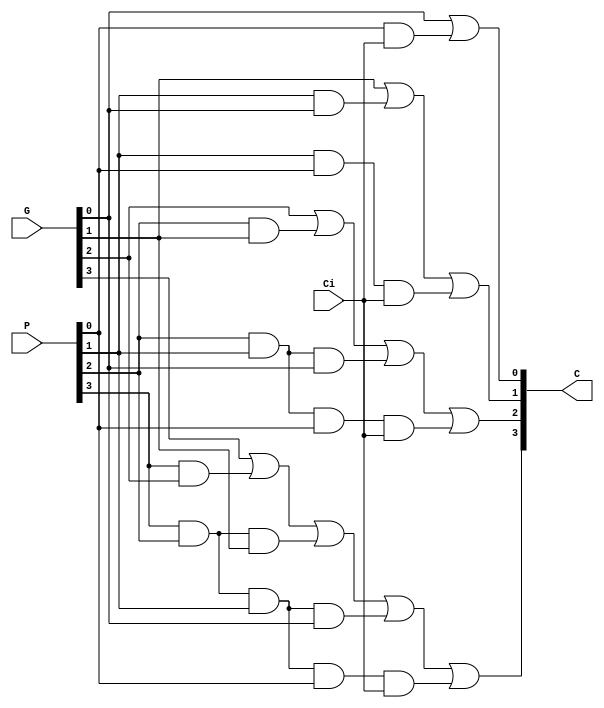
`timescale 1ns / 1ps
//////////////////////////////////////////////////////////////////////////////////
// Company: 
// Engineer: 
// 
// Design Name: 
// Module Name:    chaoqian 
// Project Name: 
// Target Devices: 
// Tool versions: 
// Description: 
//
// Dependencies: 
//
// Revision: 
// Revision 0.01 - File Created
// Additional Comments: 
//
//////////////////////////////////////////////////////////////////////////////////
module chaoqian(C,G,P,Ci);
output[4:1] C;
input[3:0] G,P;
input Ci;
wire[4:1] C;
wire[3:0] G,P;
assign C[1]=G[0]|(P[0]&Ci);
assign C[2]=G[1]|(P[1]&G[0])|(P[1]&P[0]&Ci);
assign C[3]=G[2]|(P[2]&G[1])|(P[2]&P[1]&G[0])|(P[2]&P[1]&P[0]&Ci);
assign C[4]=G[3]|(P[3]&G[2])|(P[3]&P[2]&G[1])|(P[3]&P[2]&P[1]&G[0])|(P[3]&P[2]&P[1]&P[0]&Ci);
endmodule